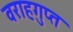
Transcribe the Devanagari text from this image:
वराहगुप्त